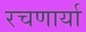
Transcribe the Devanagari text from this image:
रचणार्या